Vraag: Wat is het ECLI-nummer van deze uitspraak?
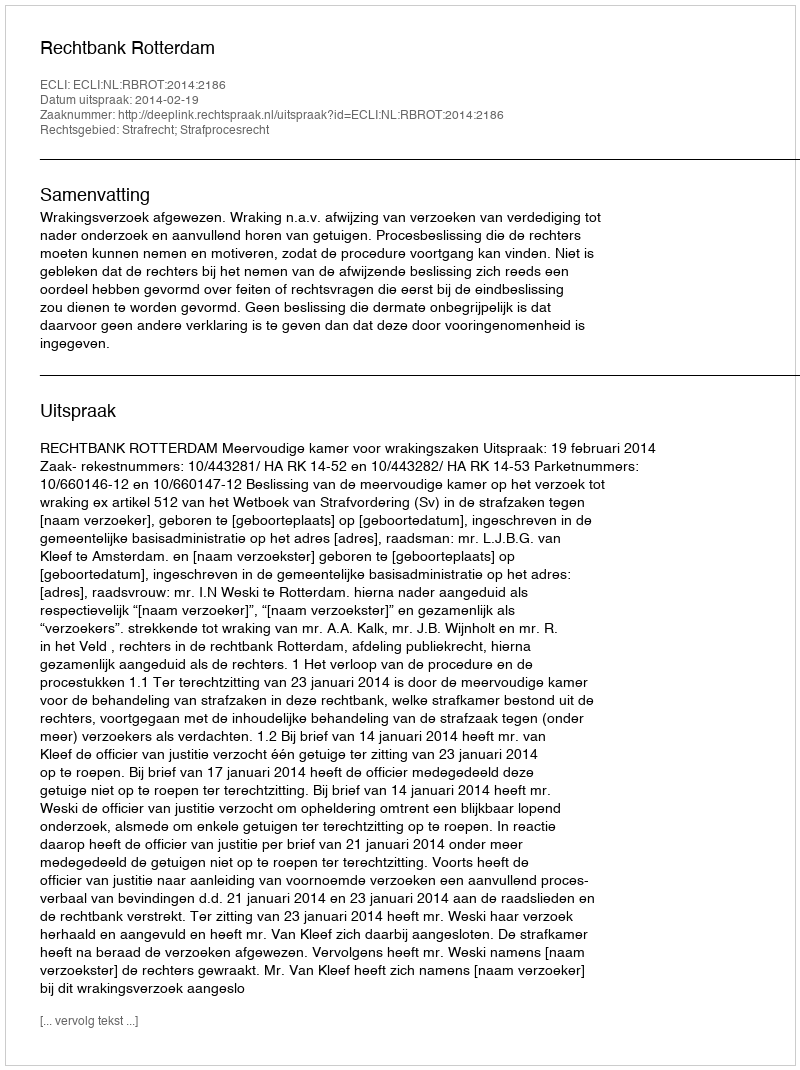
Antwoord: ECLI:NL:RBROT:2014:2186